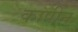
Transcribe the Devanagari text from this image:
कापीन